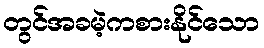
တွင်အခမဲ့ကစားနိုင်သော